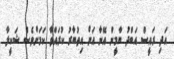
އަދި ރައީސް އަބްދު ޔާމީން އޭނާ އަށް އިތުބާރު ކުރައްވާ ކަމަށްވެސް ޝަކީލާ